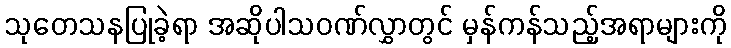
သုတေသနပြုခဲ့ရာ အဆိုပါသဝဏ်လွှာတွင် မှန်ကန်သည့်အရာများကို